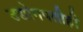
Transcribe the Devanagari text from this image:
उद्योगपतीही